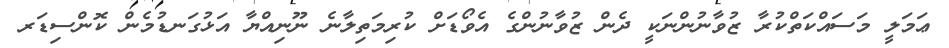
ޢަމަލީ މަސައްކަތްކުރާ ޒުވާނުންނަކީ ދެން ޒުވާނުންގެ އެވޯޑަށް ކުރިމަތިލާނެ ނޫނިއްޔާ އަޅުގަނޑުމެން ކޮންސިޑަރ